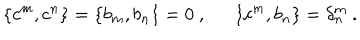
\{ c ^ { m } , c ^ { n } \} = \{ b _ { m } , b _ { n } \} = 0 ~ , \{ c ^ { m } , b _ { n } \} = \delta _ { n } ^ { m } ~ .